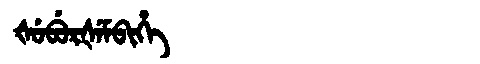
Manchu: ᡧᡠᠪᡠᡵᡧᡝᠮᠪᡳᡥᡝ
Romanization: ŠUBURŠEMBIHE